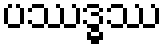
ပဿဒ္ဓဿ